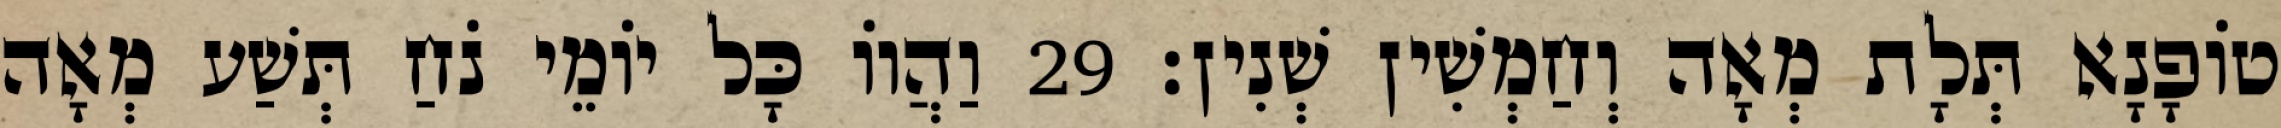
טוֹפָנָא תְּלָת מְאָה וְחַמְשִׁין שְׁנִין׃ 29 וַהֲווֹ כָּל יוֹמֵי נֹחַ תְּשַׁע מְאָה